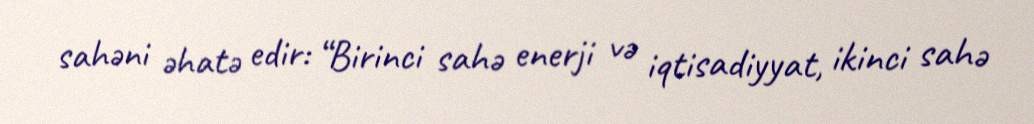
sahəni əhatə edir: “Birinci sahə enerji və iqtisadiyyat, ikinci sahə